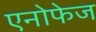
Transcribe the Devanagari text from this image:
एनोफेज